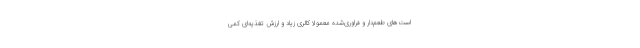
است‌های طعم‌دار و فراوری‌شده معمولا کالری زیاد و ارزش تغذیه‌ای کمی